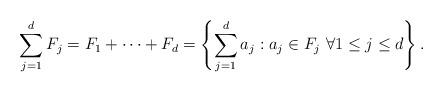
LaTeX: \begin{align*} \sum_{j=1}^d F_j = F_1 + \cdots + F_d = \left\{ \sum_{j=1}^d a_j : a_j \in F_j \ \forall 1 \le j \le d \right\}.\end{align*}